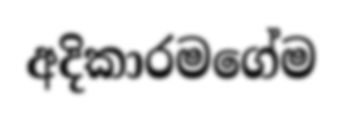
අදිකාරමගේම